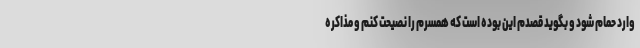
وارد حمام شود و بگوید قصدم این بوده است که همسرم را نصیحت کنم و مذاکره